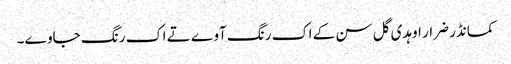
کمانڈر ضرار اوہدی گل سن کے اک رنگ آوے تے اک رنگ جاوے۔